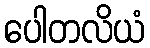
ပေါတလိယံ